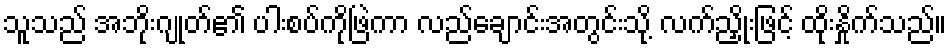
သူသည် အဘိုးဂျုတ်၏ ပါးစပ်ကိုဖြဲကာ လည်ချောင်းအတွင်းသို့ လက်ညှိုးဖြင့် ထိုးနှိုက်သည်။